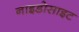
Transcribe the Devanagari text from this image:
नाइडोसाइट